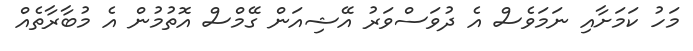
މަހު ކަމަށާއި ނަމަވެސް އެ ދުވަސްވަރު އޭޝިއަން ގޭމްސް އޮތުމުން އެ މުބާރާތެއް